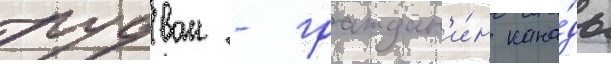
рудван - граждан'и́н кана́ды